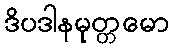
ဒိပဒါနမုတ္တမော